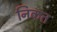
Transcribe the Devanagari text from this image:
निकत